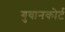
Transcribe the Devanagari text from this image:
गुयानकोर्ट